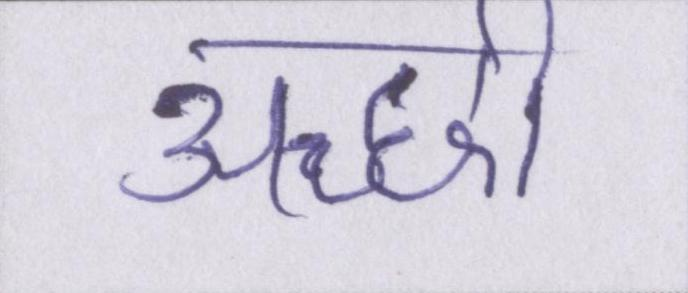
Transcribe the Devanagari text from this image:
अच्छी